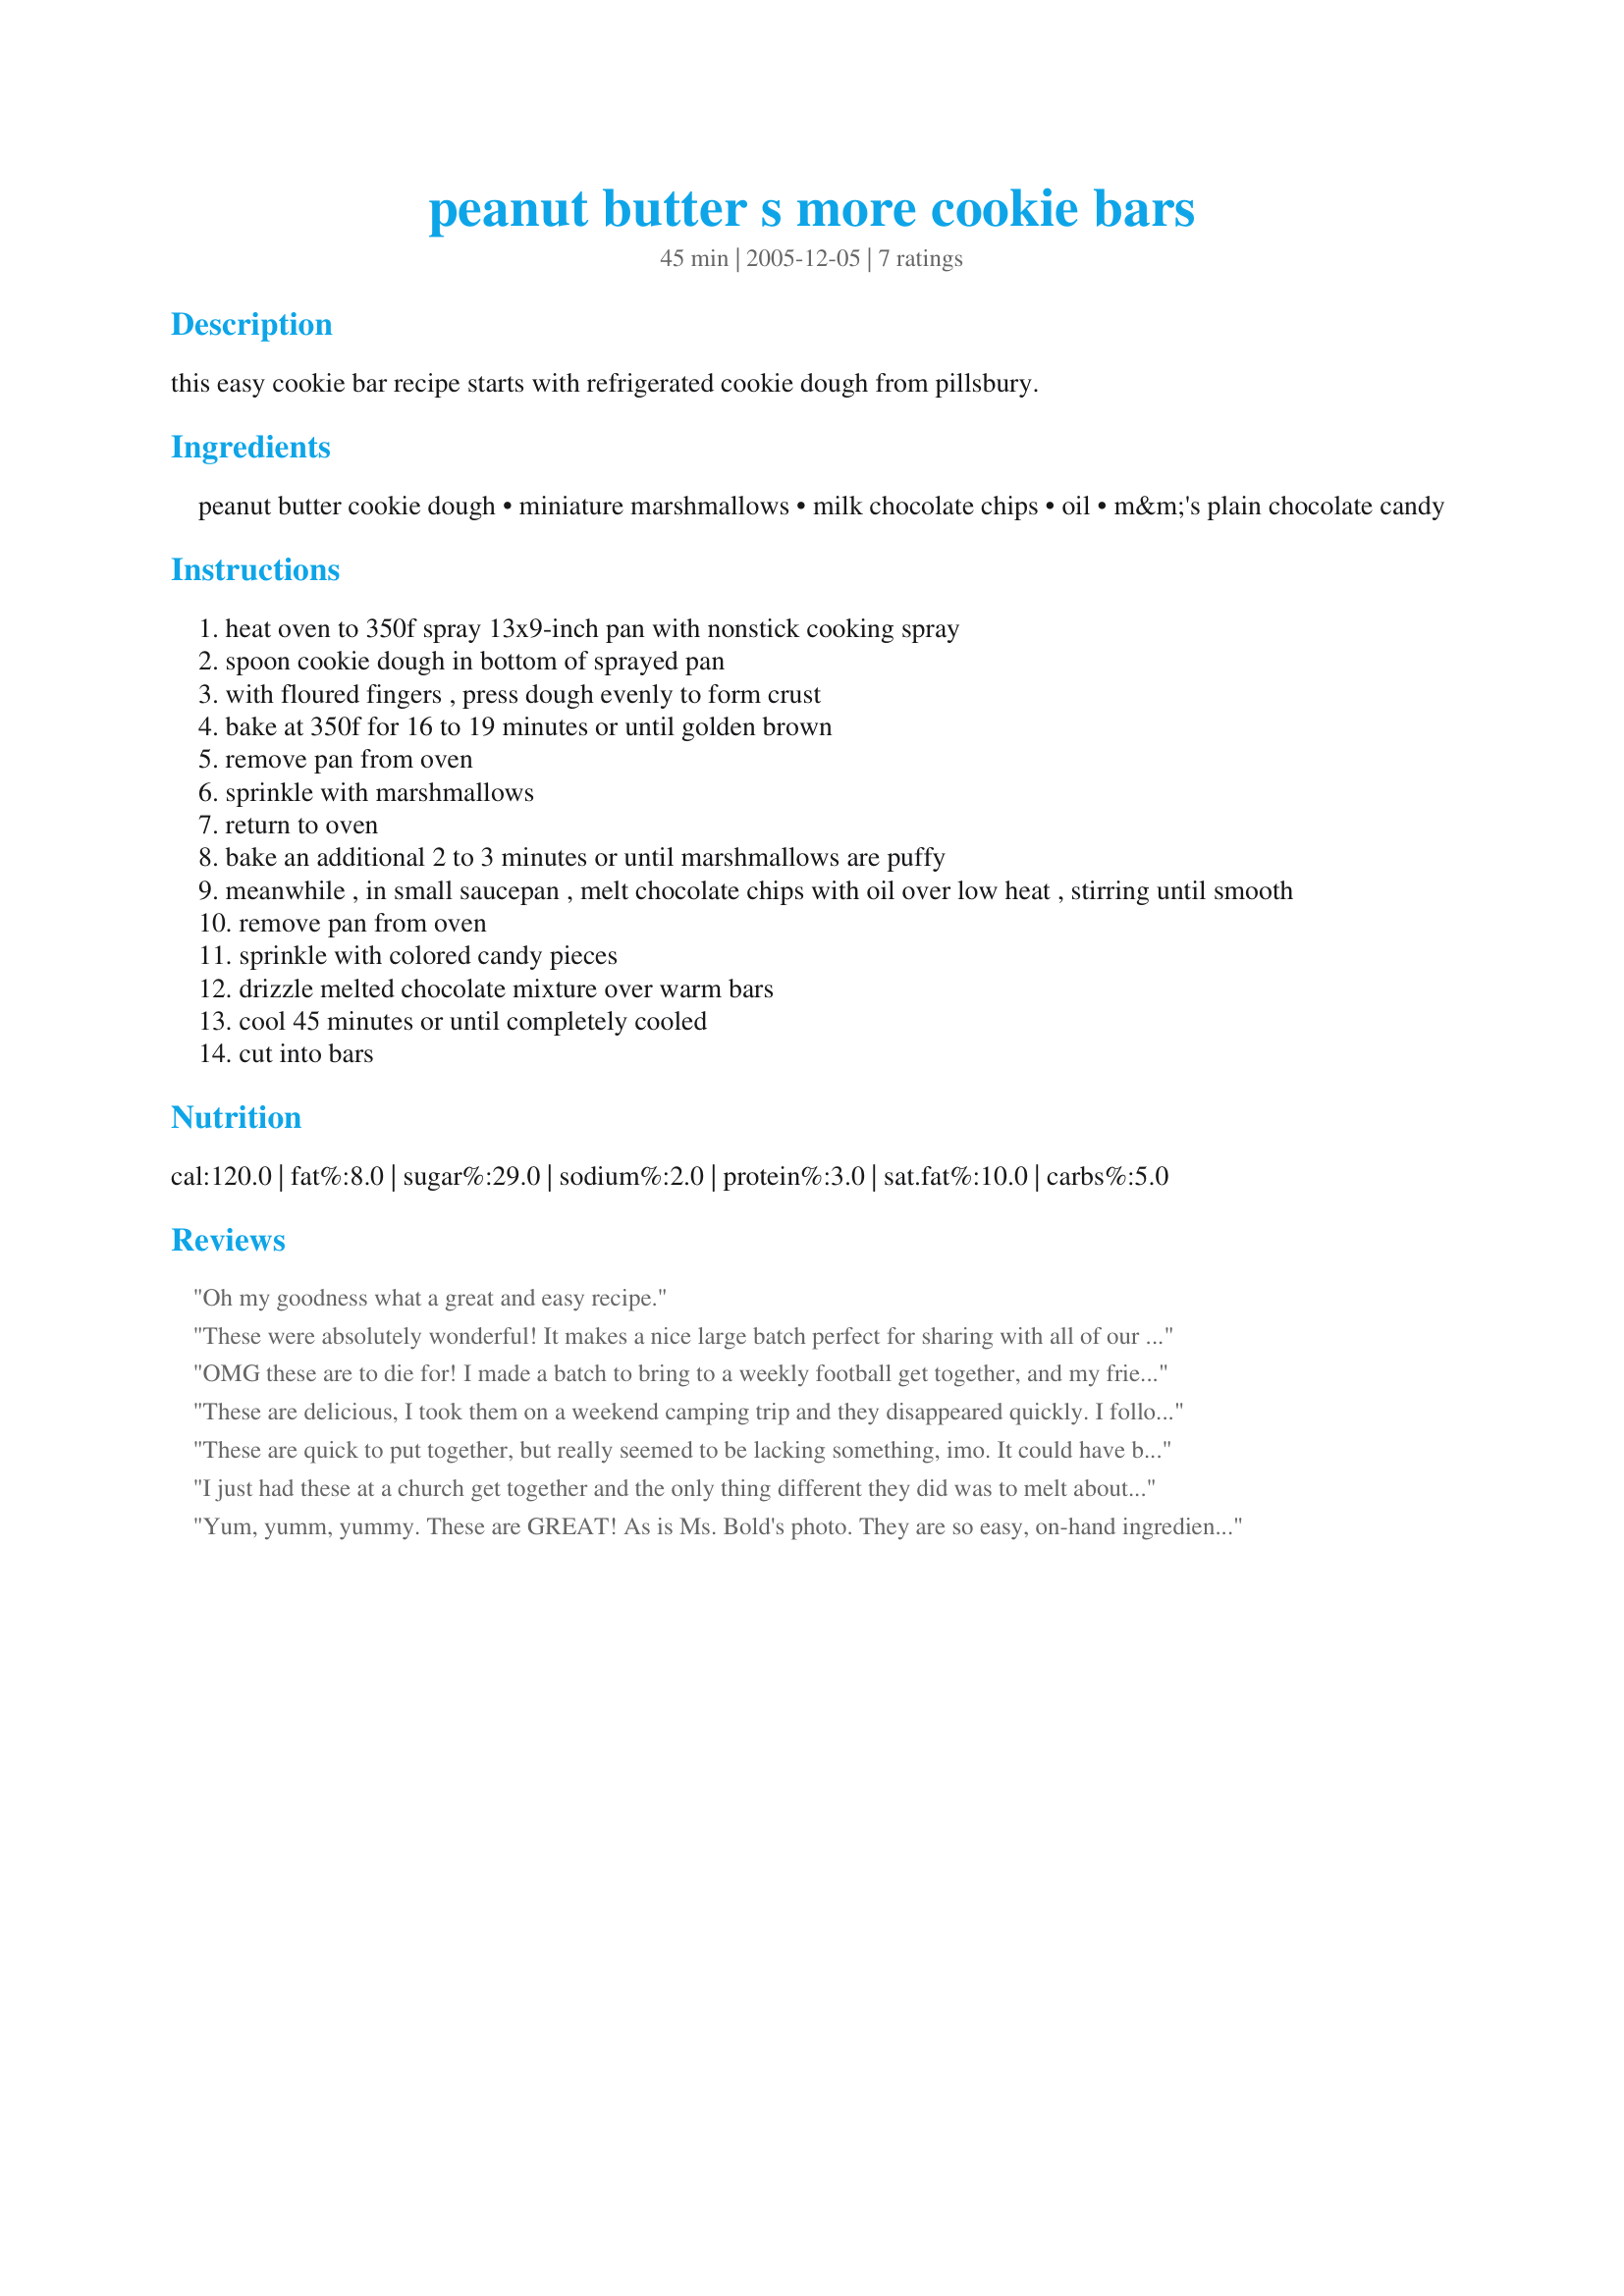
peanut butter s more cookie bars
Preparation time: 45 minutes

this easy cookie bar recipe starts with refrigerated cookie dough from pillsbury.

Ingredients:
peanut butter cookie dough, miniature marshmallows, milk chocolate chips, oil, m&m's plain chocolate candy

Steps:
heat oven to 350f spray 13x9-inch pan with nonstick cooking spray
spoon cookie dough in bottom of sprayed pan
with floured fingers , press dough evenly to form crust
bake at 350f for 16 to 19 minutes or until golden brown
remove pan from oven
sprinkle with marshmallows
return to oven
bake an additional 2 to 3 minutes or until marshmallows are puffy
meanwhile , in small saucepan , melt chocolate chips with oil over low heat , stirring until smooth
remove pan from oven
sprinkle with colored candy pieces
drizzle melted chocolate mixture over warm bars
cool 45 minutes or until completely cooled
cut into bars

Reviews:
Oh my goodness what a great and easy recipe.
These were absolutely wonderful! It makes a nice large batch perfect for sharing with all of our family and friends. Quick, easy, and delicious we'll be sure to make this one again and again!
OMG these are to die for! I made a batch to bring to a weekly football get together, and my friends went crazy for them. And, they're so pretty! Everyone thought they took a lot of effort to make. So simple, and sure to satisfy everyone's sweet tooth. This is a keeper, thank you for posting! :-)
These are delicious, I took them on a weekend camping trip and they disappeared quickly. I followed the recipe exactly and wouldn't change a thing!
These are quick to put together, but really seemed to be lacking something, imo. It could have been the peanut butter cookie dough that I used, though. I had a large tub that had been purchased from a school fundraiser instead of the Pillsbury.
I just had these at a church get together and the only thing different they did was to melt about 1-2 T. of peanut butter in with the choc. chips to drizzle over the top! Dreamy!! Thanks for posting this recipe!
Yum, yumm, yummy. These are GREAT! As is Ms. Bold's photo. They are so easy, on-hand ingredients and chewy good. Thanks SO much for posting!
